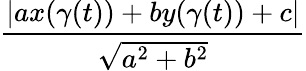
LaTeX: \frac{|ax(\gamma(t))+by(\gamma(t))+c|}{\sqrt{a^{2}+b^{2}}}